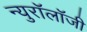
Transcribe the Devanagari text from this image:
न्युरॉलॉजी